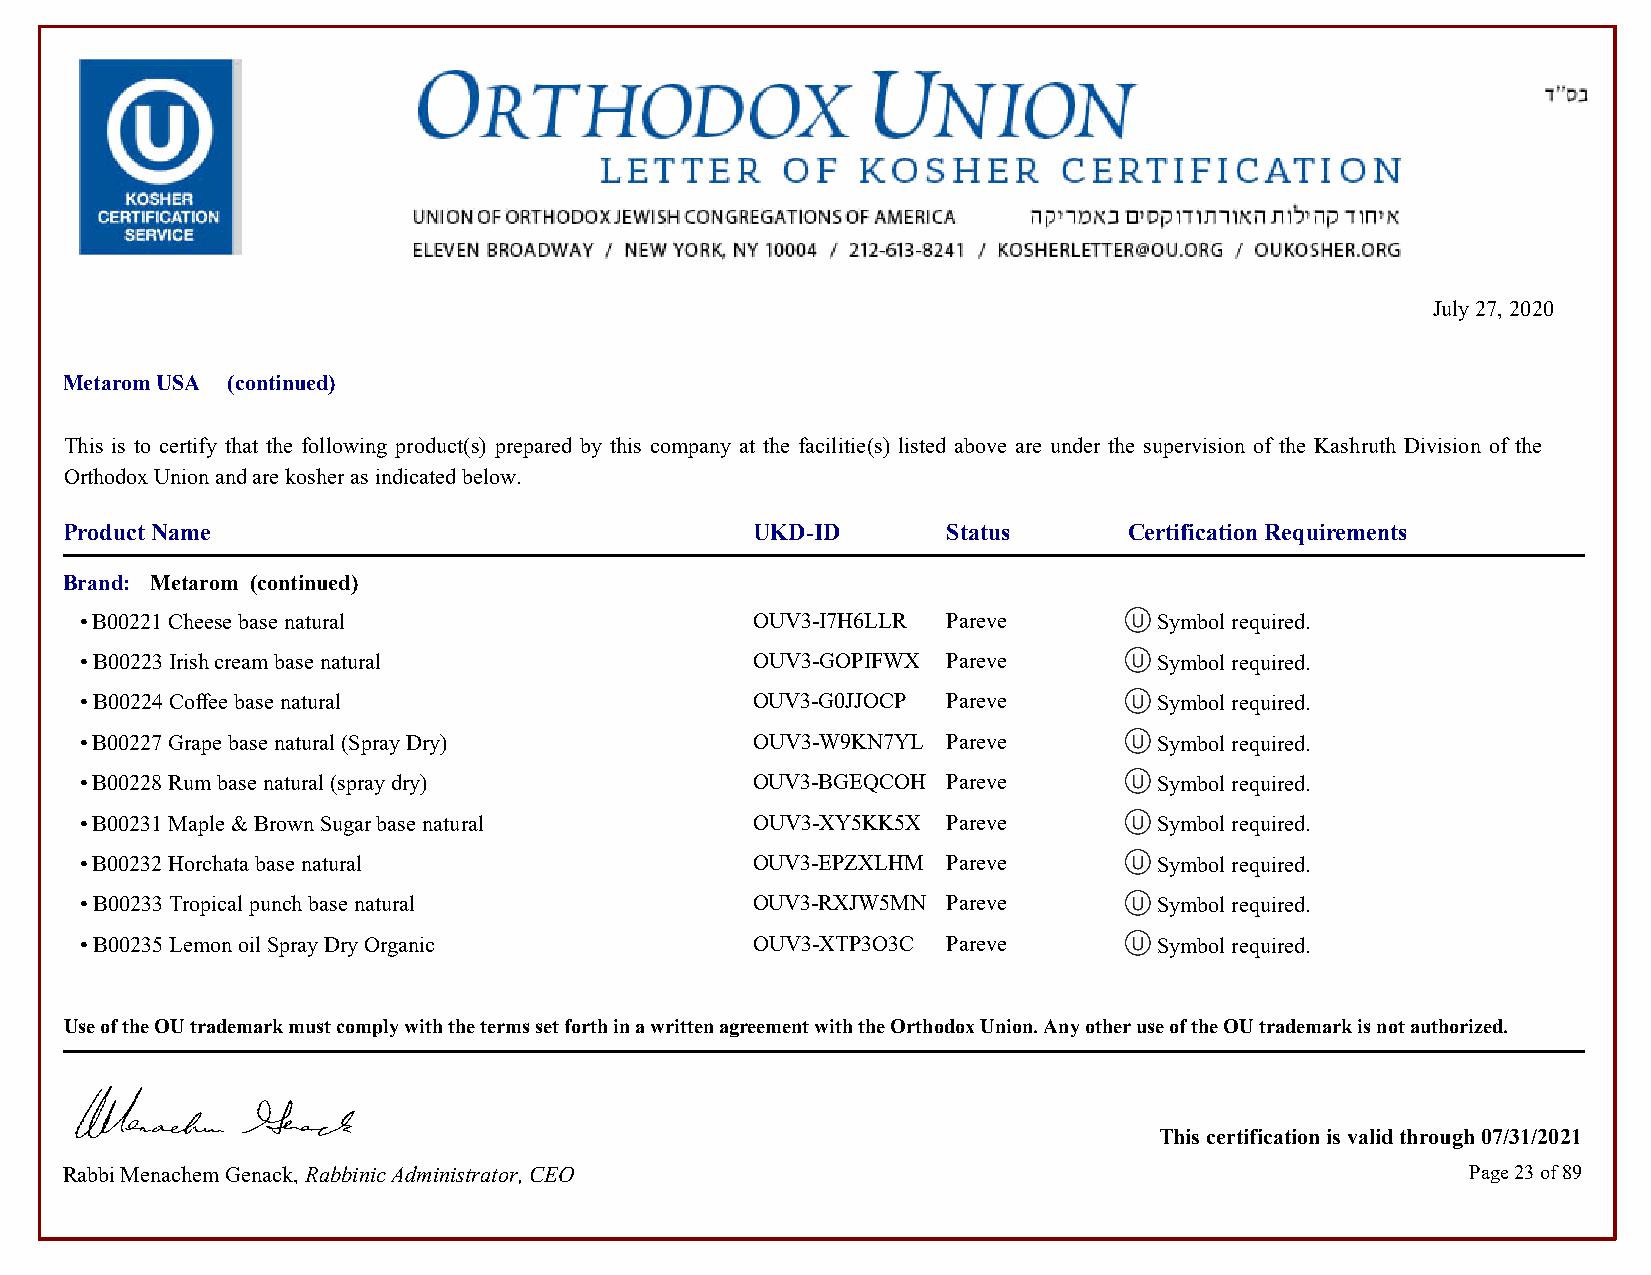
July 27, 2020
 Metarom USA (continued)
 This is to certify that the following product(s) prepared by this company at the facilitie(s) listed above are under the supervision of the Kashruth Division of the
 Orthodox Union and are kosher as indicated below.
 Product Name                                  UKD-ID       Status      Certification Requirements
 Brand: Metarom (continued)
 • B00221 Cheese base natural                 OUV3-I7H6LLR Pareve        Symbol required.            Symbol required.
 • B00223 Irish cream base natural            OUV3-GOPIFWX Pareve        Symbol required.            Symbol required.
 • B00224 Coffee base natural                 OUV3-G0JJOCP Pareve        Symbol required.            Symbol required.
 • B00227 Grape base natural (Spray Dry)      OUV3-W9KN7YL Pareve        Symbol required.            Symbol required.
 • B00228 Rum base natural (spray dry)        OUV3-BGEQCOH Pareve        Symbol required.            Symbol required.
 • B00231 Maple & Brown Sugar base natural    OUV3-XY5KK5X Pareve        Symbol required.            Symbol required.
 • B00232 Horchata base natural               OUV3-EPZXLHM Pareve        Symbol required.            Symbol required.
 • B00233 Tropical punch base natural         OUV3-RXJW5MN Pareve        Symbol required.            Symbol required.
 • B00235 Lemon oil Spray Dry Organic         OUV3-XTP3O3C Pareve        Symbol required.            Symbol required.
 Use of the OU trademark must comply with the terms set forth in a written agreement with the Orthodox Union. Any other use of the OU trademark is not authorized.
 This certification is valid through 07/31/2021
 Rabbi Menachem Genack, Rabbinic Administrator, CEO                                           Page 23 of 89